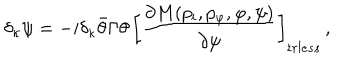
\delta _ { \kappa } \psi = - i \delta _ { \kappa } \bar { \theta } \Gamma \theta \, \left[ { \frac { \partial M ( p _ { i } , p _ { \varphi } , \varphi , \psi ) } { \partial \psi } } \right] _ { t r l e s s } \, ,